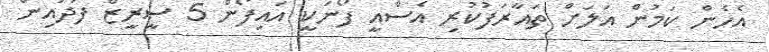
އެހެން ކަމުން އަލަށް ތައާރަފުކުރި އެސްއީ ފޯނަކީ އައިފޯން 5 ސީރީޒް ފަދައިން